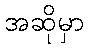
အဆိုမှာ